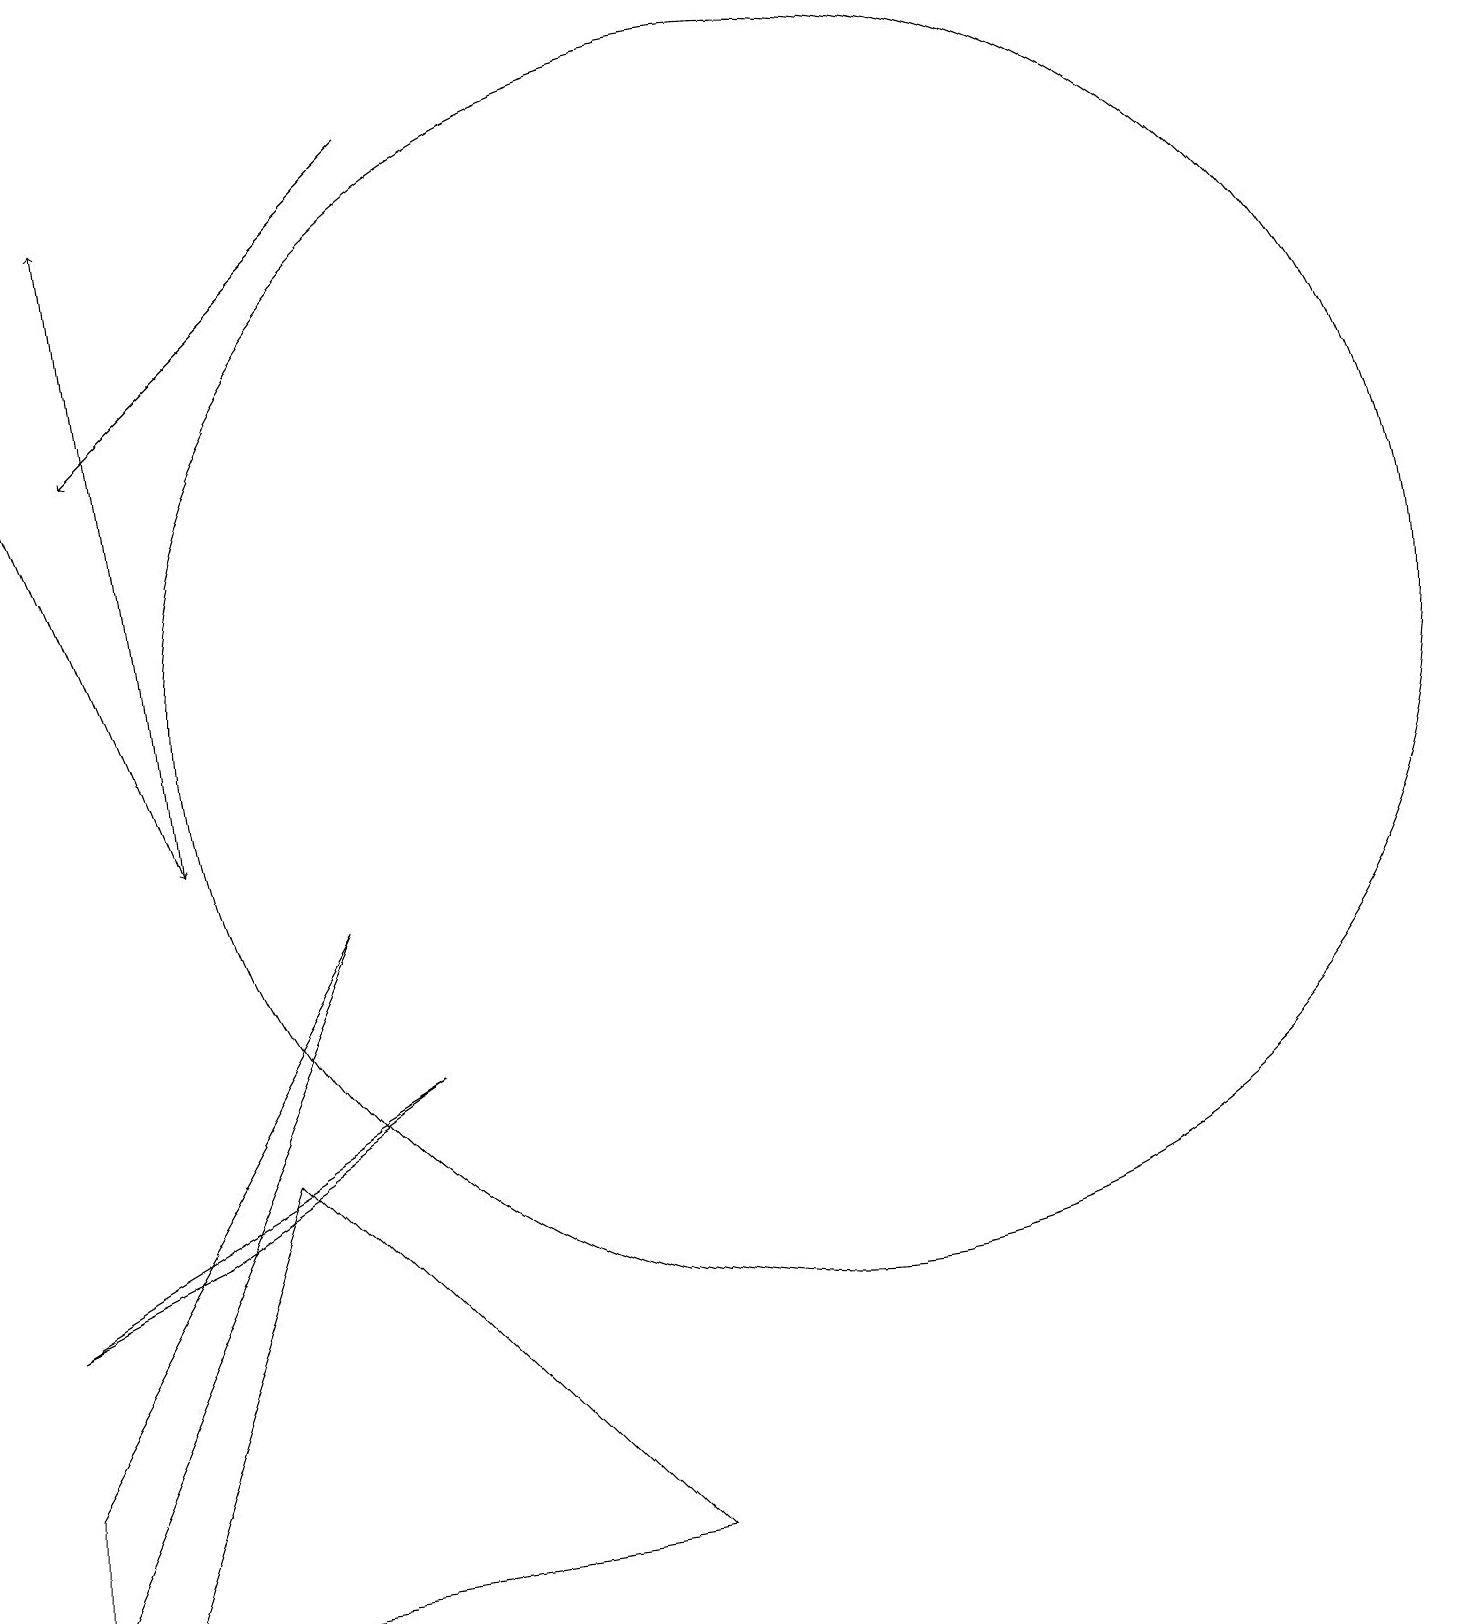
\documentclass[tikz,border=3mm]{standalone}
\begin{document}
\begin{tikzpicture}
\draw[->] (0,15) -- (2,10);
\draw (3,6) -- (1,0) -- (8,1) -- cycle;
\draw (10,12) circle (8);
\draw[->] (5,19) -- (1,15);
\draw (0,4) -- (2,5) -- (5,7) -- cycle;
\draw (0,0) -- (0,2) -- (4,9) -- cycle;
\draw[->] (2,10) -- (1,18);
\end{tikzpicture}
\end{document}